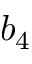
b _ { 4 }